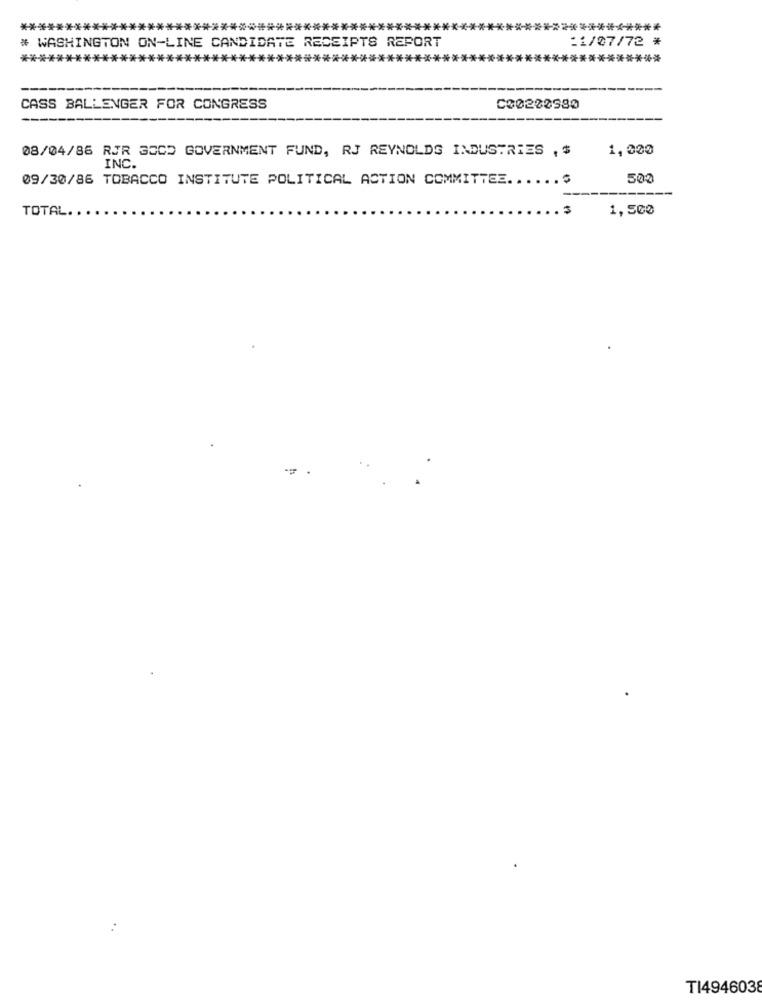
***
***********
:1/07/72 *
# WASHINGTON ON-LINE CANDIDATE RECEIPTS REPORT
********
****
***
**************
***********
CASS BALLENGER FOR CONGRESS
C00200980
08/04/86 RJR 35CD GOVERNMENT FUND, RJ REYNOLDS INDUSTRIES , $
1,000
INC.
09/30/86 TOBACCO INSTITUTE POLITICAL ACTION COMMITTEE ...... $
500
1,500
TOTAL.
TI4946038